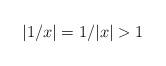
LaTeX: \begin{align*} |1/x| = 1/|x| > 1\end{align*}